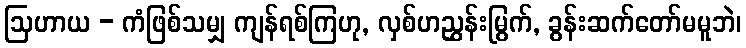
ဩဟာယ - ကံဖြစ်သမျှ ကျန်ရစ်ကြဟု, လှစ်ဟညွှန်းမြွက်, ခွန်းဆက်တော်မမူဘဲ၊